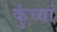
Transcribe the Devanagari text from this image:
कुंच्यां